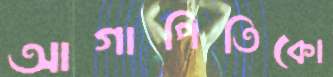
আগাপিতিকো